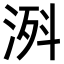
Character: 𣷊